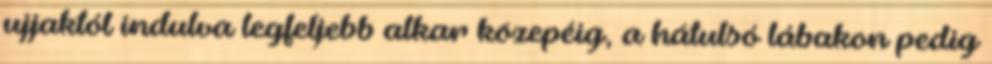
ujjaktól indulva legfeljebb alkar közepéig, a hátulsó lábakon pedig